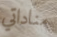
مناداتي